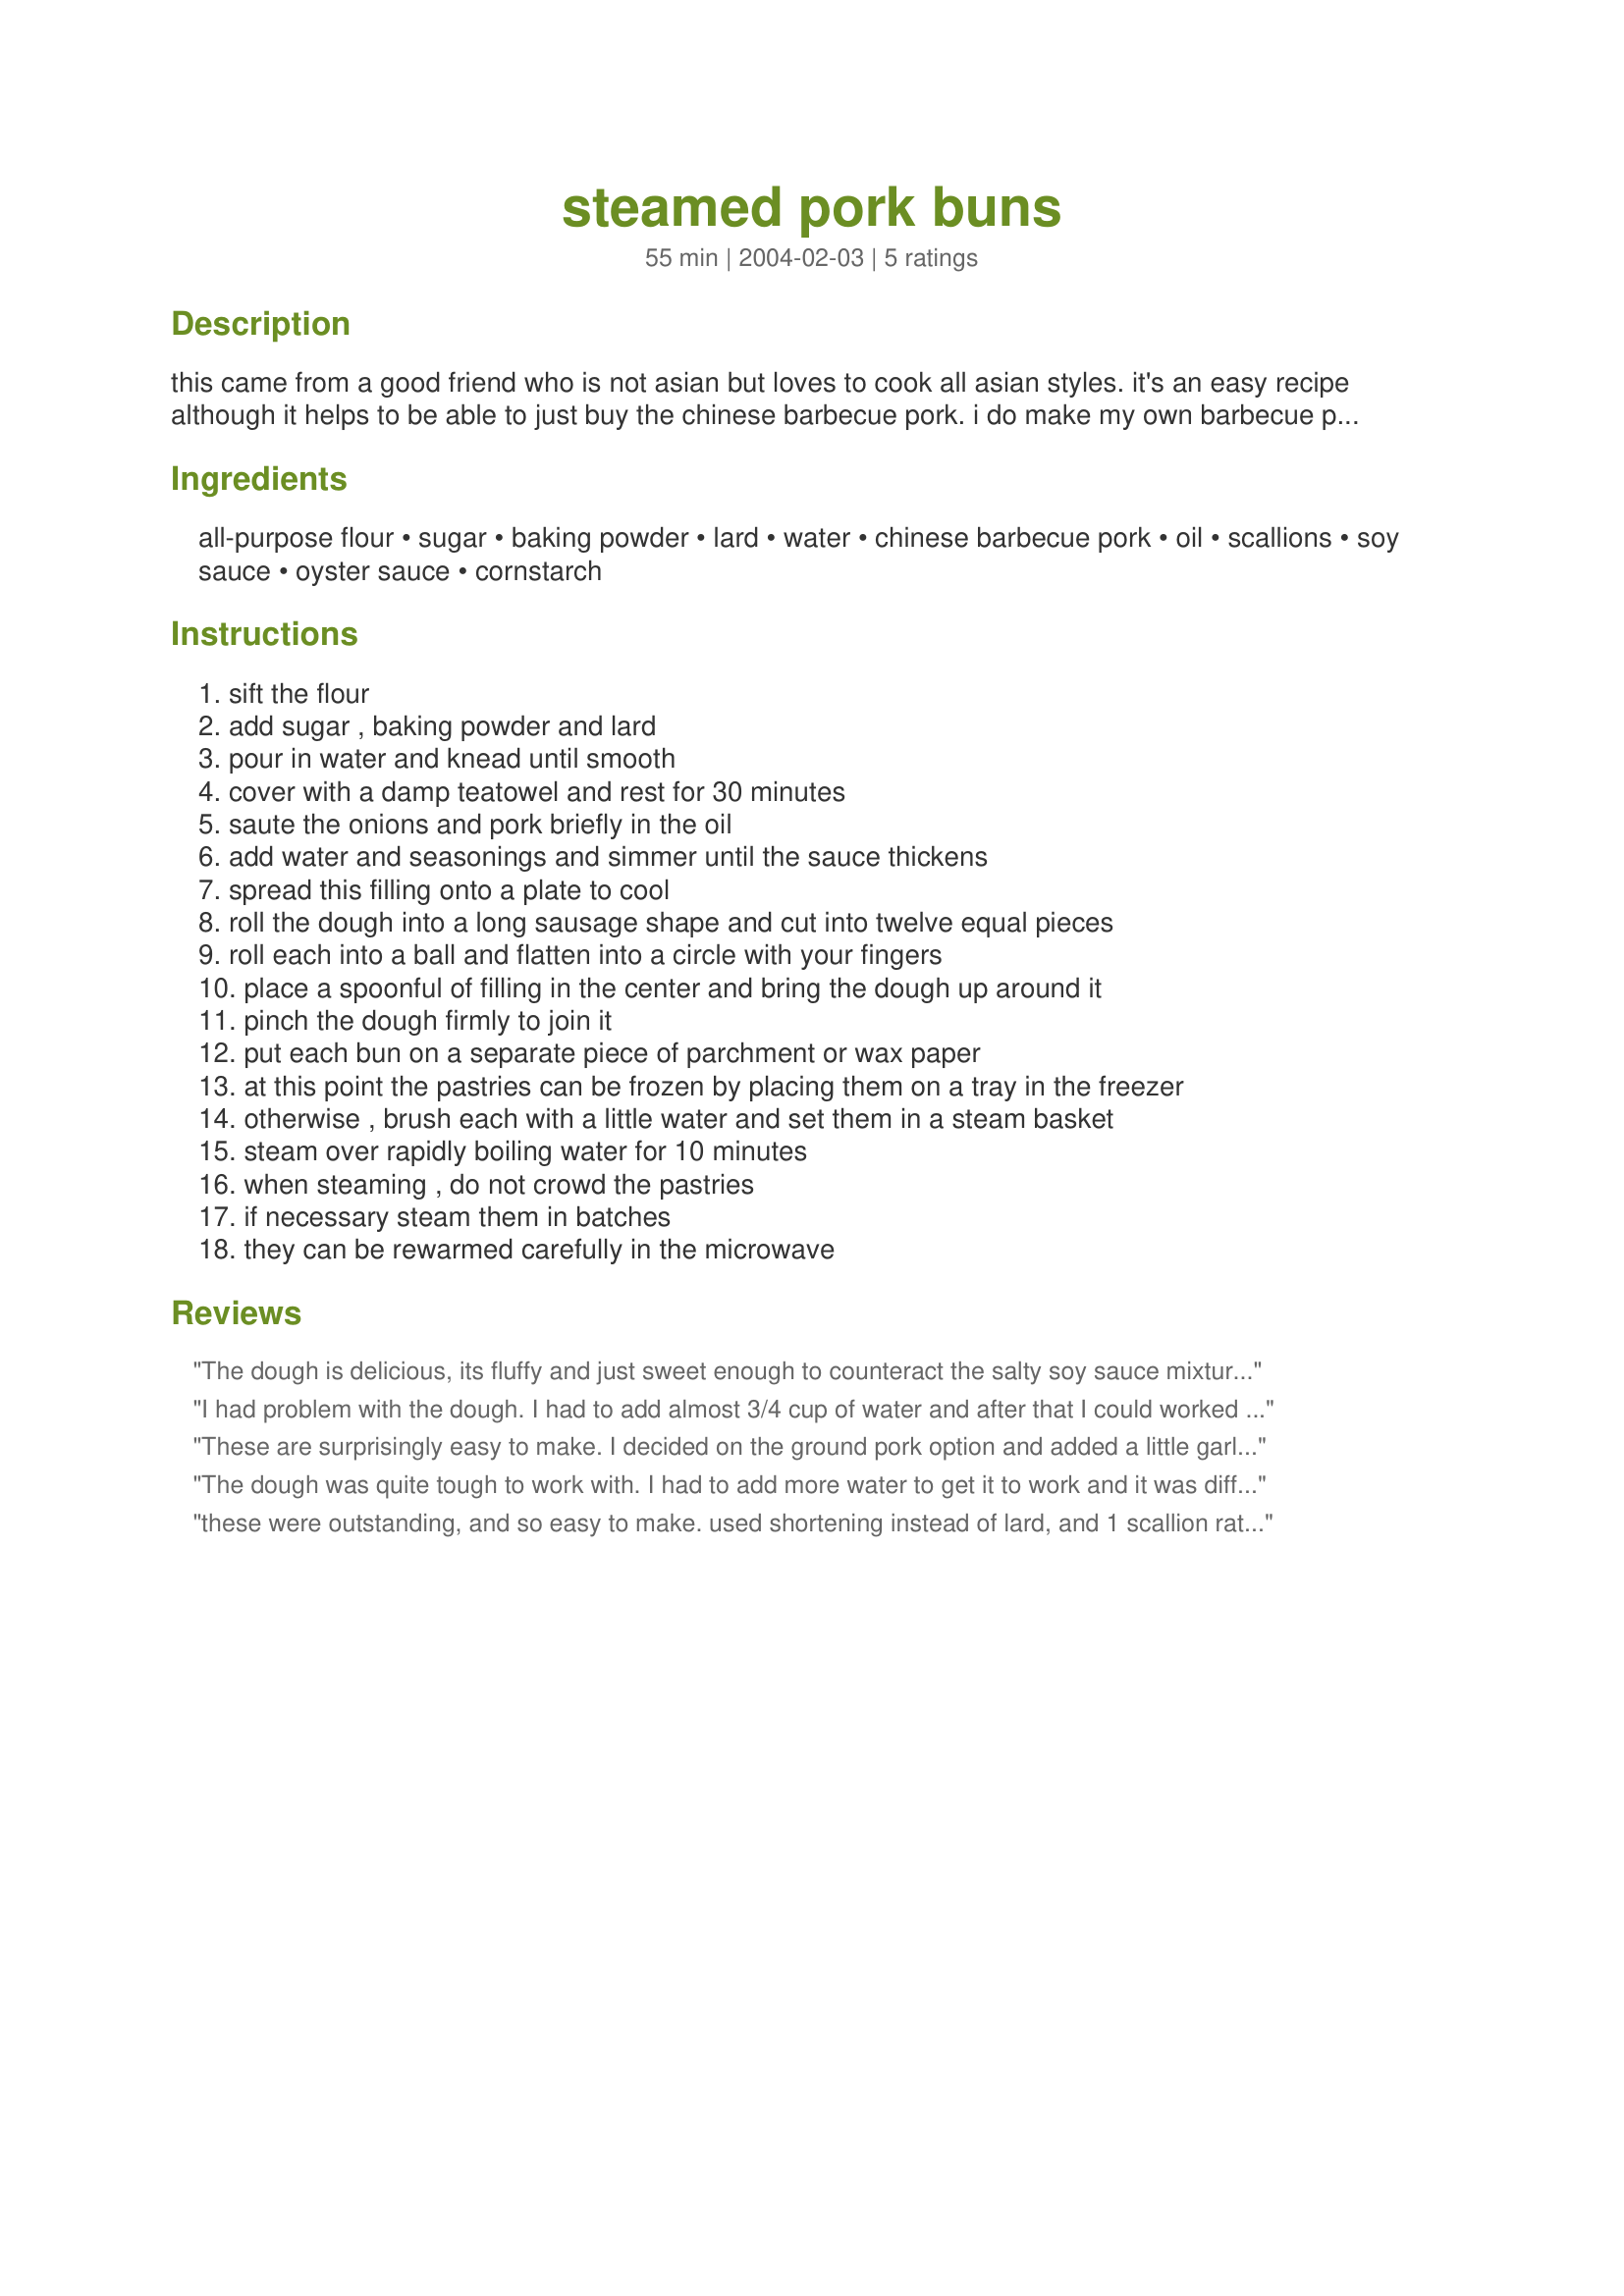
steamed pork buns
Preparation time: 55 minutes

this came from a good friend who is not asian but loves to cook all asian styles. it's an easy recipe although it helps to be able to just buy the chinese barbecue pork. i do make my own barbecue pork, using a couple of whole filets and "char siu" sauce. you can also add sauteed cabbage to the filling if you want to make larger amounts. this is a typical dim sum item, served between brunch and 2 pm. with tea. (amount of water in the dough is corrected.)

Ingredients:
all-purpose flour, sugar, baking powder, lard, water, chinese barbecue pork, oil, scallions, soy sauce, oyster sauce, cornstarch

Steps:
sift the flour
add sugar , baking powder and lard
pour in water and knead until smooth
cover with a damp teatowel and rest for 30 minutes
saute the onions and pork briefly in the oil
add water and seasonings and simmer until the sauce thickens
spread this filling onto a plate to cool
roll the dough into a long sausage shape and cut into twelve equal pieces
roll each into a ball and flatten into a circle with your fingers
place a spoonful of filling in the center and bring the dough up around it
pinch the dough firmly to join it
put each bun on a separate piece of parchment or wax paper
at this point the pastries can be frozen by placing them on a tray in the freezer
otherwise , brush each with a little water and set them in a steam basket
steam over rapidly boiling water for 10 minutes
when steaming , do not crowd the pastries
if necessary steam them in batches
they can be rewarmed carefully in the microwave

Reviews:
The dough is delicious, its fluffy and just sweet enough to counteract the salty soy sauce mixture. I think next time I'll include more green onions since the powerful flavour of the soy sauce and the oyster sauce really overshadow the relative delicacy of the onions. I used 1.25 tablespoons of butter instead of lard, and it worked out well. The dough was difficult to work with until I got used to working with it, then things went along like a breeze. Thanks for the recipe!
I had problem with the dough. I had to add almost 3/4 cup of water and after that I could worked it. I mainly gave two stars because of aftertaste buns had. I think it was given lalrge amount (1tbs) of baking soda. The filling and sauce were good. I would probably make it again but I would use sweetened yeast dough for dinner rolls or something of this kind. Thanks for posting you recipe
These are surprisingly easy to make. I decided on the ground pork option and added a little garlic to the meat, but otherwise kept the filling exactly as written. I made the dough in the food processor and found I needed 2/3 cup water in order for it to come together. I used shortening in place of the lard. Twelve of these fit perfectly in my large bamboo steamer. The dough is slightly sweet with a savoury meat inside. These were so popular in my house that I am making another batch today. Thanks for the recipe.
The dough was quite tough to work with. I had to add more water to get it to work and it was difficult to shape into a flat circle. The filling ,however, was delicious.
I have tried the dough from another meat bun recipe, recipe #11087 and it was much easier to shape. I used the meat filling from this one though.
these were outstanding, and so easy to make. used shortening instead of lard, and 1 scallion rather than 2. used a stand mixer with dough hook to mix the dough, and did end up needing to add an extra 2 tbls of water, but the mixer made it very easy. suggestion - make the buns as thin as you possibly can while still keeping them thick enough to hold the filling. they puff up a lot when steamed, and if they start out too thick, you will have way too much bun and not enough filling.
